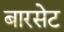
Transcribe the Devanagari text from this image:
बारसेट